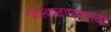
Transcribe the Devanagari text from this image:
न्याहाळण्यासाठी